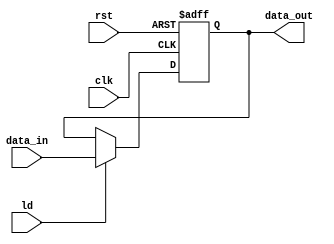
module Register16(
  input clk,
  input rst,
  input [15:0] data_in,
  input ld,
  
  output reg [15:0] data_out
);

  always@(posedge clk,posedge rst) begin
    if (rst)
      data_out <= 16'd0;
    else if(ld)
      data_out <= data_in;
  end
  endmodule